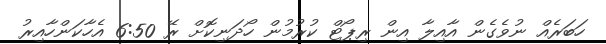
ހަބަރެއް ނުވެގެން އާއިލާ އިން ރިޕޯޓް ކުރުމުން ހޯދަނިކޮށް ރޭ 6:50 އެހާކަންހާއިރު